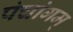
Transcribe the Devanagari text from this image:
पंचांगम्